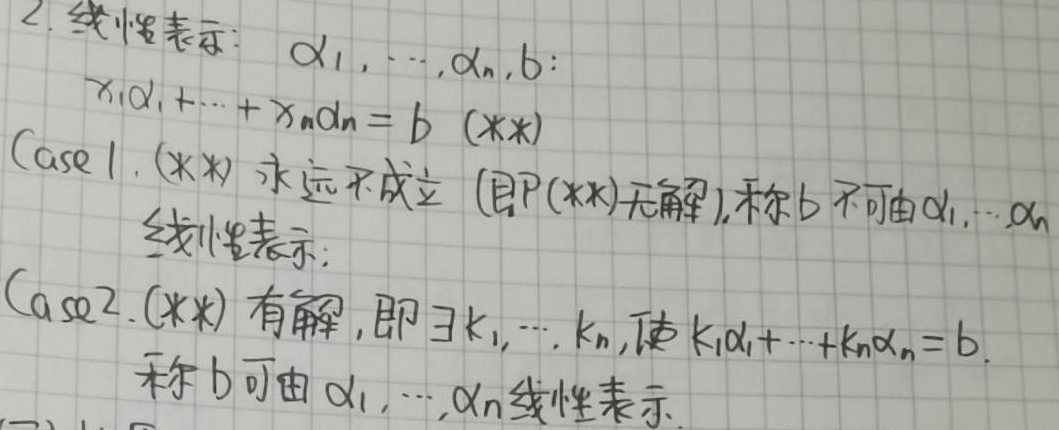
2. 线性表示：$\alpha_1,\cdots,\alpha_n,b$：
\[x_1\alpha_1+\cdots + x_n\alpha_n = b\ (\ast\ast)\]
Case 1. $(\ast\ast)$永远不成立（即$(\ast\ast)$无解），称$b$不可由$\alpha_1,\cdots,\alpha_n$线性表示；
Case 2. $(\ast\ast)$有解，即$\exists k_1,\cdots,k_n$，使$k_1\alpha_1+\cdots + k_n\alpha_n = b$。称$b$可由$\alpha_1,\cdots,\alpha_n$线性表示。